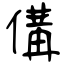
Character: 傋